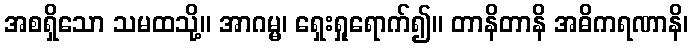
အစရှိသော သမထသို့။ အာဂမ္မ၊ ရှေးရှုရောက်၍။ တာနိတာနိ အဓိကရဏာနိ၊